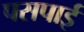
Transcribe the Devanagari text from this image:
पसपाई